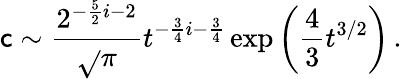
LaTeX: \mathsf{c}\sim{\frac{{2^{-{\frac{{5}}{{2}}}i-2}}}{{\sqrt{}{{\pi}}}}}t^{-{\frac{{3}}{{4}}}i-{\frac{{3}}{{4}}}}\exp\left({\frac{{4}}{{3}}}t^{3/2}\right)\, .